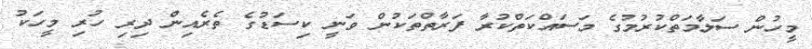
މީހުން ސަލާމަތްކުރުމުގެ މަސައްކަތްކުރާ ފަރާތްތަކުން ވަނީ ކިސަޑުގެ ތެރެއިން ދިރި ހުރި މީހަކު